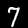
Label: 7